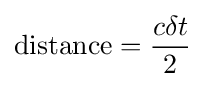
{\text{distance}}={\frac {c\delta t}{2}}